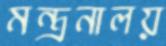
মন্ত্রনালয়